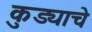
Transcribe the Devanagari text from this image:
कुड्याचे